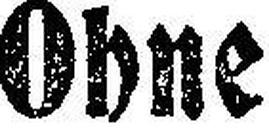
Ohne